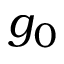
g _ { 0 }